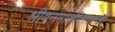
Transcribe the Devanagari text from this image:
श्रीवनमालीलालजी